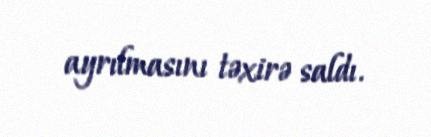
ayrılmasını təxirə saldı.